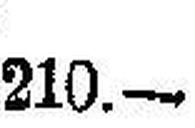
210.—